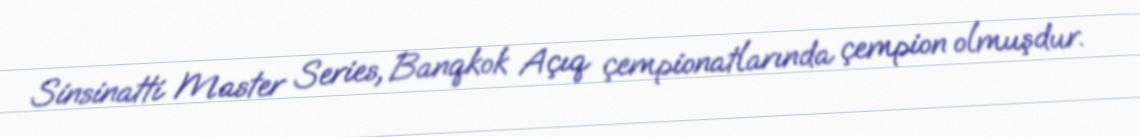
Sinsinatti Master Series, Banqkok Açıq çempionatlarında çempion olmuşdur.